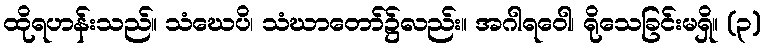
ထိုရဟန်းသည်။ သံဃေပိ၊ သံဃာတော်၌လည်း။ အဂါရဝေါ၊ ရိုသေခြင်းမရှိ။ (၃)